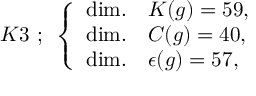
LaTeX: K 3 ~ ; ~ \left\{ \begin{array} { l l } { { \mathrm { d i m . } } } & { { K ( g ) = 5 9 , } } \\ { { \mathrm { d i m . } } } & { { C ( g ) = 4 0 , } } \\ { { \mathrm { d i m . } } } & { { \epsilon ( g ) = 5 7 , } } \end{array} \right.